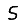
Digit: 5